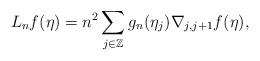
LaTeX: \begin{align*}L_n f (\eta ) = n^{ 2 } \sum_{ j \in \mathbb{Z} } g_n ( \eta_j ) \nabla_{ j , j + 1 } f (\eta ) ,\end{align*}